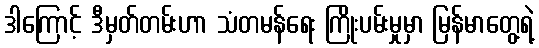
ဒါကြောင့် ဒီမှတ်တမ်းဟာ သံတမန်ရေး ကြိုးပမ်းမှုမှာ မြန်မာတွေ့ရဲ့